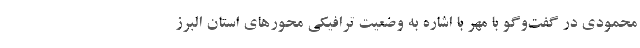
محمودی در گفت‌وگو با مهر با اشاره به وضعیت ترافیکی محورهای استان البرز